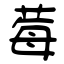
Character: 莓